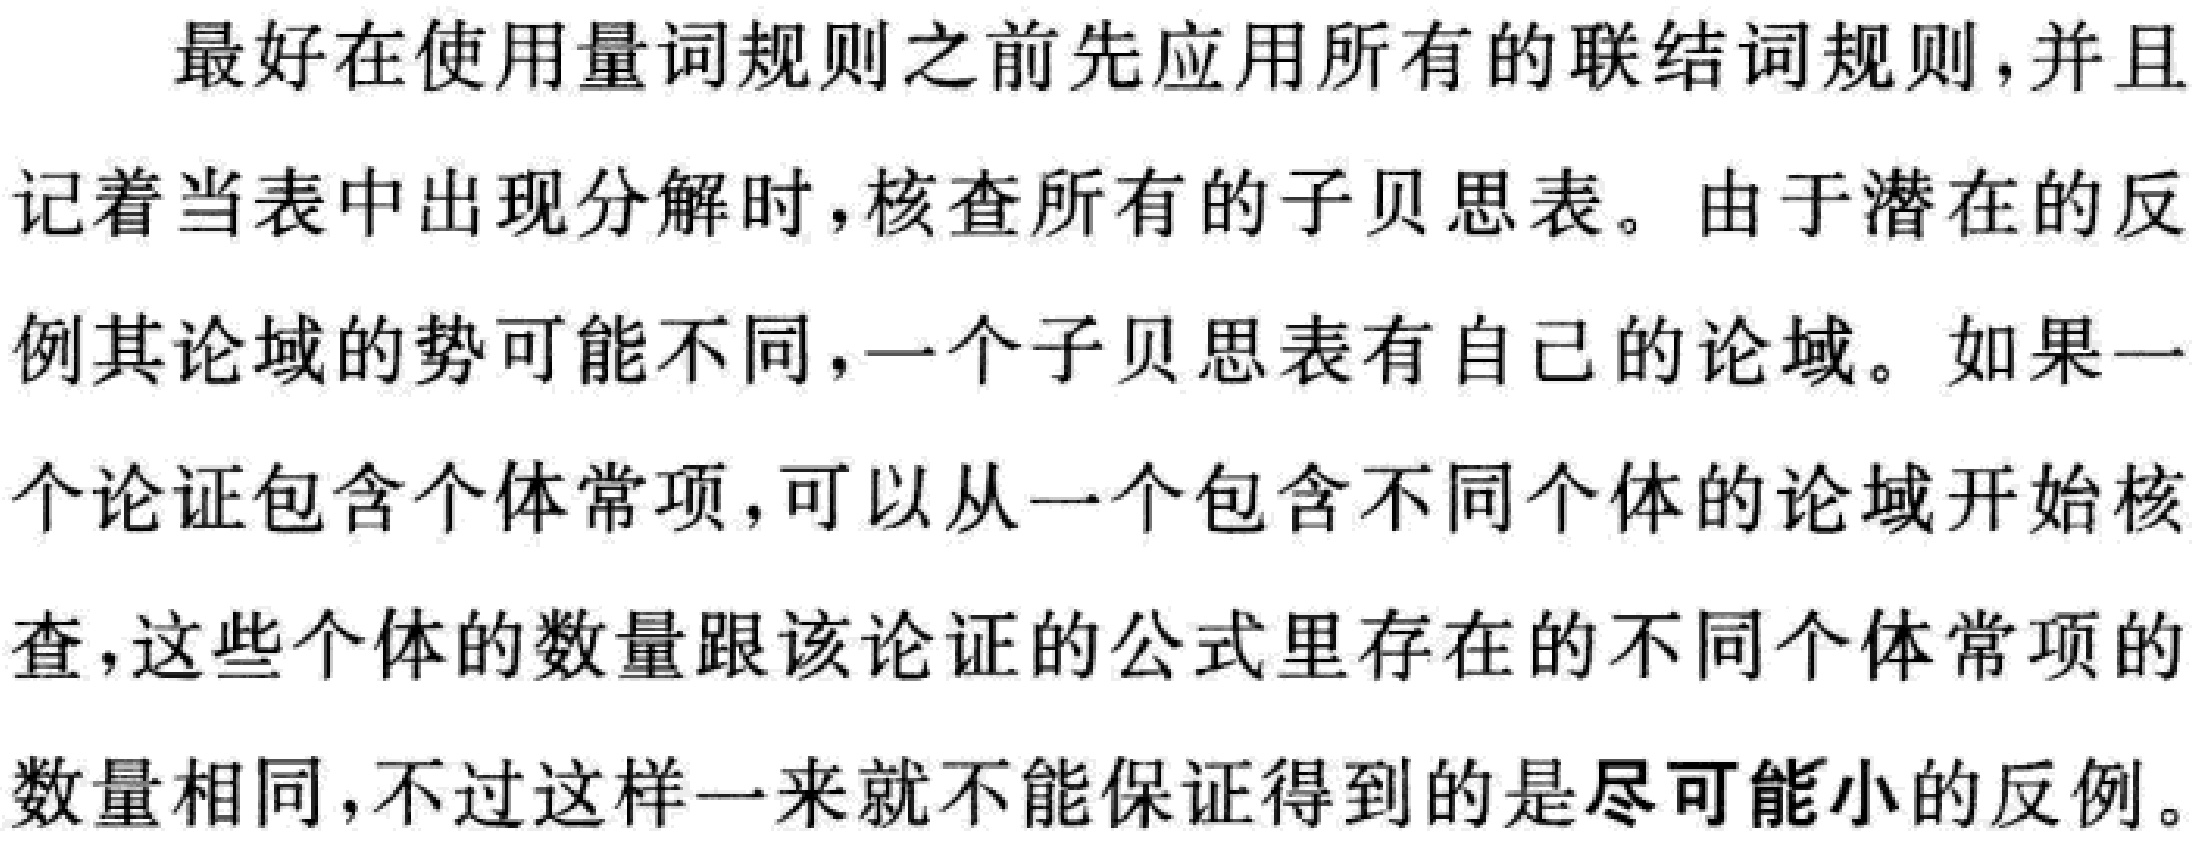
最好在使用量词规则之前先应用所有的联结词规则,并且记着当表中出现分解时,核查所有的子贝思表。由于潜在的反例其论域的势可能不同,一个子贝思表有自己的论域。如果一个论证包含个体常项,可以从一个包含不同个体的论域开始核查,这些个体的数量跟该论证的公式里存在的不同个体常项的数量相同,不过这样一来就不能保证得到的是尽可能小的反例。